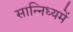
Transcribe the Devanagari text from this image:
सान्निध्‍यमें